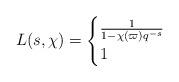
LaTeX: \begin{align*}L(s,\chi) = \begin{cases}\frac{1}{1-\chi(\varpi)q^{-s}} &\\1 &\end{cases} \end{align*}